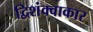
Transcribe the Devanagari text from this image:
द्विशंक्वाकार